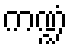
ကဏ္ဍံ